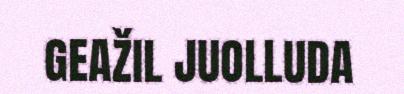
GEAŽIL JUOLLUDA